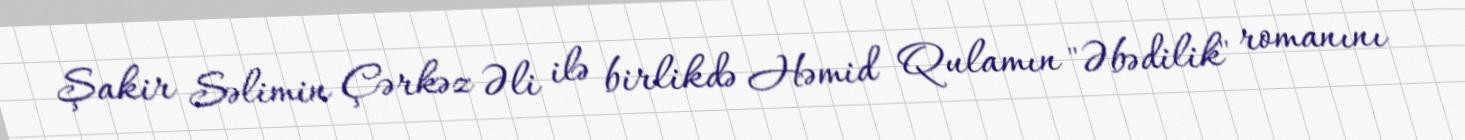
Şakir Səlimin Çərkəz Əli ilə birlikdə Həmid Qulamın "Əbədilik" romanını